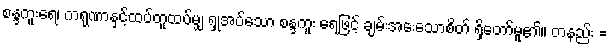
စန္ဒကူးရေ၊ ကရုဏာနှင့်ထပ်တူထပ်မျှ ရှုအပ်သော စန္ဒကူး ရေဖြင့် ချမ်းအေးသောစိတ် ရှိတော်မူ၏။ တနည်း =